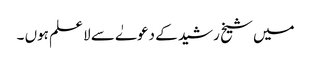
میں شیخ رشید کے دعوےٰ سے لا علم ہوں ۔